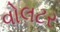
વોલટર